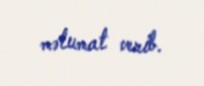
məlumat verib.